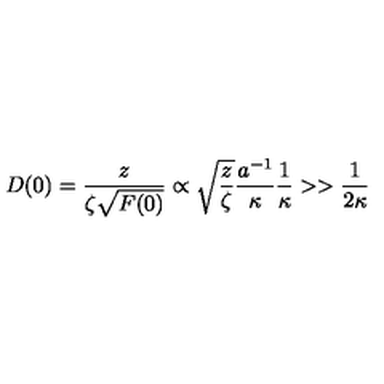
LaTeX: D ( 0 ) = \frac { z } { \zeta \sqrt { F ( 0 ) } } \propto \sqrt { \frac { z } { \zeta } } \frac { a ^ { - 1 } } { \kappa } \frac { 1 } { \kappa } > > \frac { 1 } { 2 \kappa }